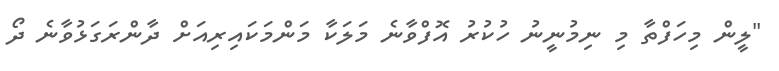
"ލީން މިހަފްތާ މި ނިމުނީނު ހުކުރު އޮފްވާނެ މަލަކާ މަންމަކައިރިއަށް ދާންރަގަޅުވާނެ ދޯ